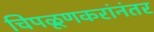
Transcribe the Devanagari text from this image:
चिपळूणकरांनंतर